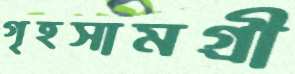
গৃহসামগ্রী